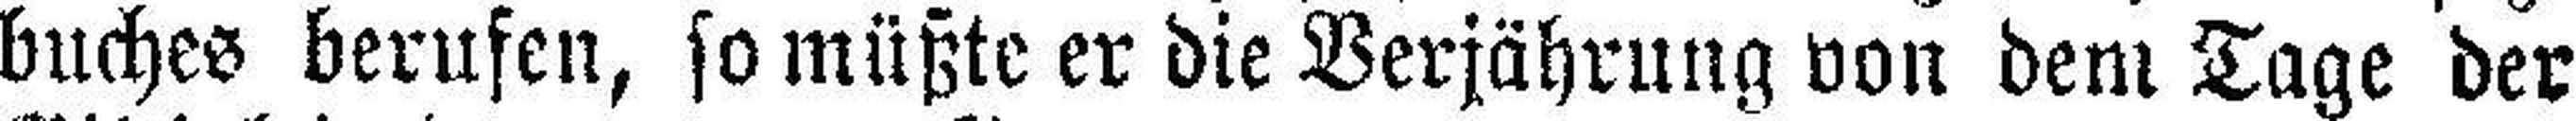
buches berufen, so müßte er die Verjährung von dem Tage der